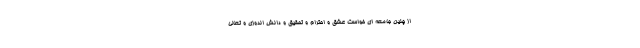
از چنین جامعه ای خواست عشق و احترام و تحقیق و دانش اندوزی و تعالی